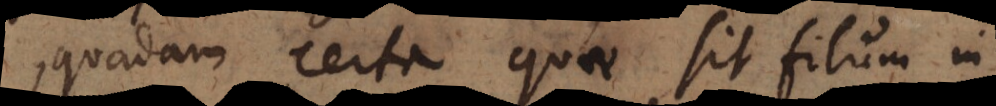
quadam certa quae sit filum in